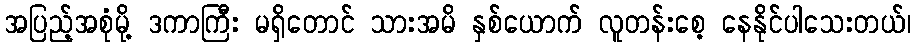
အပြည့်အစုံမို့ ဒကာကြီး မရှိတောင် သားအမိ နှစ်ယောက် လူတန်းစေ့ နေနိုင်ပါသေးတယ်၊